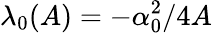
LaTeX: \lambda_{0}(A)=-\alpha_{0}^{2}/4A